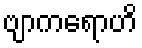
ဗျာကရောဟိ